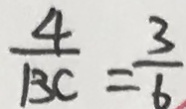
\frac { 4 } { B C } = \frac { 3 } { 6 }